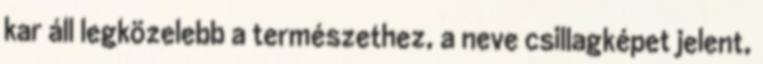
kar áll legközelebb a természethez, a neve csillagképet jelent,